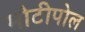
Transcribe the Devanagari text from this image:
मोटीपोल